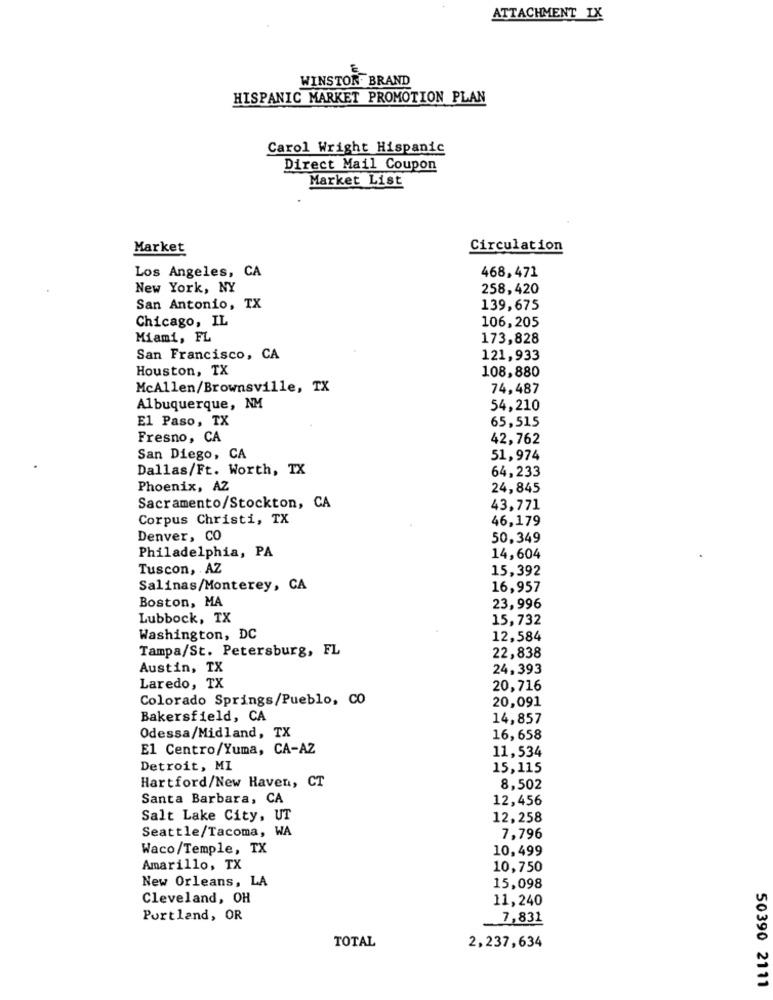
ATTACHMENT IX
WINSTON. BRAND
HISPANIC MARKET PROMOTION PLAN
Carol Wright Hispanic
Direct Mail Coupon
Market List
Market
Circulation
Los Angeles, CA
468,471
New York, NY
258,420
San Antonio, TX
139,675
Chicago, IL
106,205
Miami, FL
173,828
San Francisco, CA
121,933
Houston, TX
108,880
McAllen/Brownsville, TX
74,487
Albuquerque, NM
54,210
El Paso, TX
65,515
Fresno, CA
42,762
San Diego, CA
51,974
Dallas/Ft. Worth, TX
64,233
Phoenix, AZ
24,845
Sacramento/Stockton, CA
43,771
Corpus Christi, TX
46,179
Denver, CO
50,349
Philadelphia, PA
14,604
Tuscon, AZ
15,392
Salinas/Monterey, CA
16,957
Boston, MA
23,996
Lubbock, TX
15,732
Washington, DC
12,584
Tampa/St. Petersburg, FL
22,838
Austin, TX
24,393
Laredo, TX
20,716
Colorado Springs/Pueblo, CO
20,091
Bakersfield, CA
14,857
Odessa/Midland, TX
16,658
El Centro/Yuma, CA-AZ
11,534
Detroit, MI
15,115
Hartford/New Haven, CT
8,502
Santa Barbara, CA
12,456
Salt Lake City, UT
12,258
Seattle/Tacoma, WA
7,796
Waco/Temple, TX
10,499
Amarillo, TX
10,750
New Orleans, LA
15,098
Cleveland, OH
11,240
Portland, OR
7,831
TOTAL
2,237,634
50390 2111